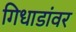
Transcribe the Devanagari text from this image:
गिधाडांवर